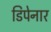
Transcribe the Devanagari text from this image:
डिपेनार